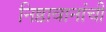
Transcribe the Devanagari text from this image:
निष्ठावानांची